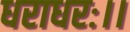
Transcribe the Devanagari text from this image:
धराधरः।।